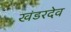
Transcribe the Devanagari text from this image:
खंडरदेव